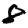
Digit: 8